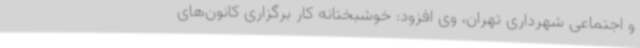
و اجتماعی شهرداری تهران، وی افزود: خوشبختانه کار برگزاری کانون‌های